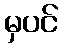
မှပင်